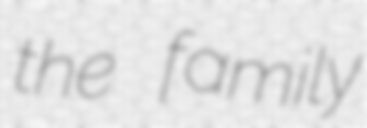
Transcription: the family